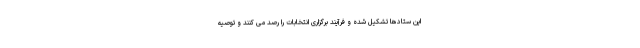
این ستادها تشکیل شده و فرآیند برگزاری انتخابات را رصد می کنند و توصیه